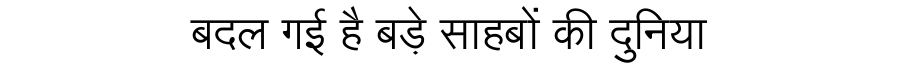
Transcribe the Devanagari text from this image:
बदल गई है बड़े साहबों की दुनिया